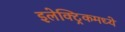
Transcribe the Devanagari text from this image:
इलेक्ट्रिकमध्ये